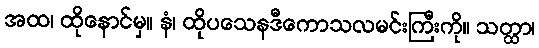
အထ၊ ထိုနောင်မှ။ နံ၊ ထိုပသေနဒီကောသလမင်းကြီးကို။ သတ္ထာ၊